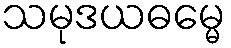
သမုဒယဓမ္မေ